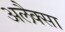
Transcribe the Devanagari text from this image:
अलैक्सा